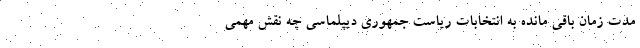
مدت زمان باقی مانده به انتخابات ریاست جمهوری دیپلماسی چه نقش مهمی